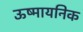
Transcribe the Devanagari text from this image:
ऊष्मायनिक